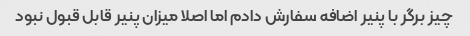
چیز برگر با پنیر اضافه سفارش دادم اما اصلا میزان پنیر قابل قبول نبود